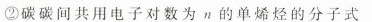
②碳碳间共用电子对数为π的单烯烃的分子式